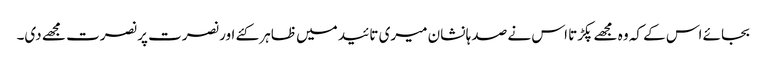
بجائے اس کے کہ وہ مجھے پکڑتا اس نے صد ہا نشان میری تائید میں ظاہر کئے اور نصرت پر نصرت مجھے دی۔